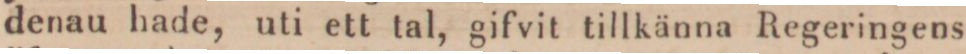
denau hade, uti ett tal, gifvit tillkänna Regeringens